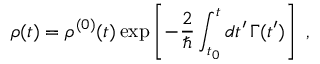
\rho ( t ) = \rho ^ { ( 0 ) } ( t ) \exp \left[ - \frac { 2 } { \hbar } \int _ { t _ { 0 } } ^ { t } d t ^ { \prime } \, \Gamma ( t ^ { \prime } ) \right] \; ,